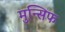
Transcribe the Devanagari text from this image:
मुन्सिफ